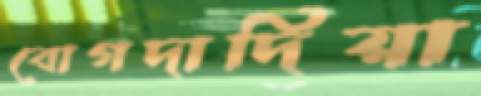
বোগদাদিয়া